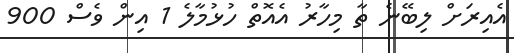
އެއިރަށް ލިބޭނެ ތާ މިހާރު އެއޮތް ހުޅުމާލެ 1 އިން ވެސް 900